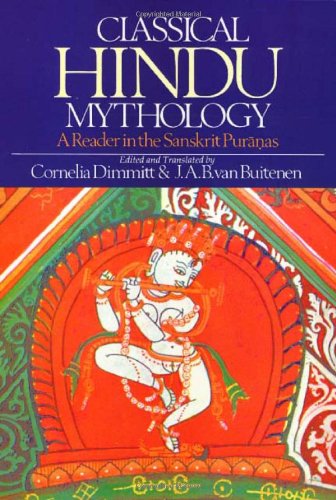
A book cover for Classical Hindu Mythology: A Reader in the Sanskrit Puranas; Literature & Fiction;